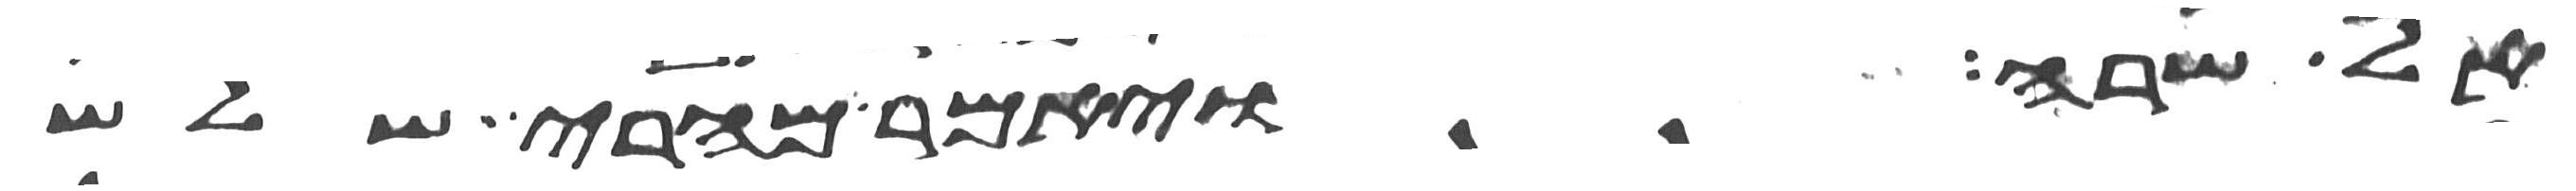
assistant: אל שרה ויאמר מהרי שלש